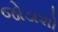
જોડાશો